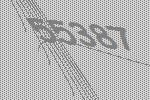
55387